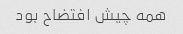
همه چیش افتضاح بود